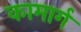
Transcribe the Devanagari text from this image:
कामार्ग